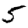
Digit: 5